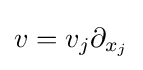
v=v_{j}\partial _{x_{j}}